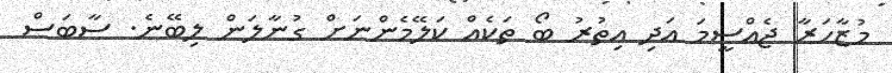
މުޒާހަރާ ޖެއްސީމަ އަދި އިތުރު ބޯ ތަކެއް ކަލޭމެންނަށް ގުނާލަން ލިބޭނެ. ސާބަސް